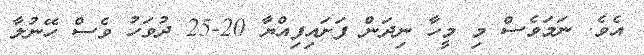
އެވެ. ނަމަވެސް މި މީހާ ނިދަން ފަށައިފިއްޔާ 20-25 ދުވަހު ވެސް ހޭނުލާ